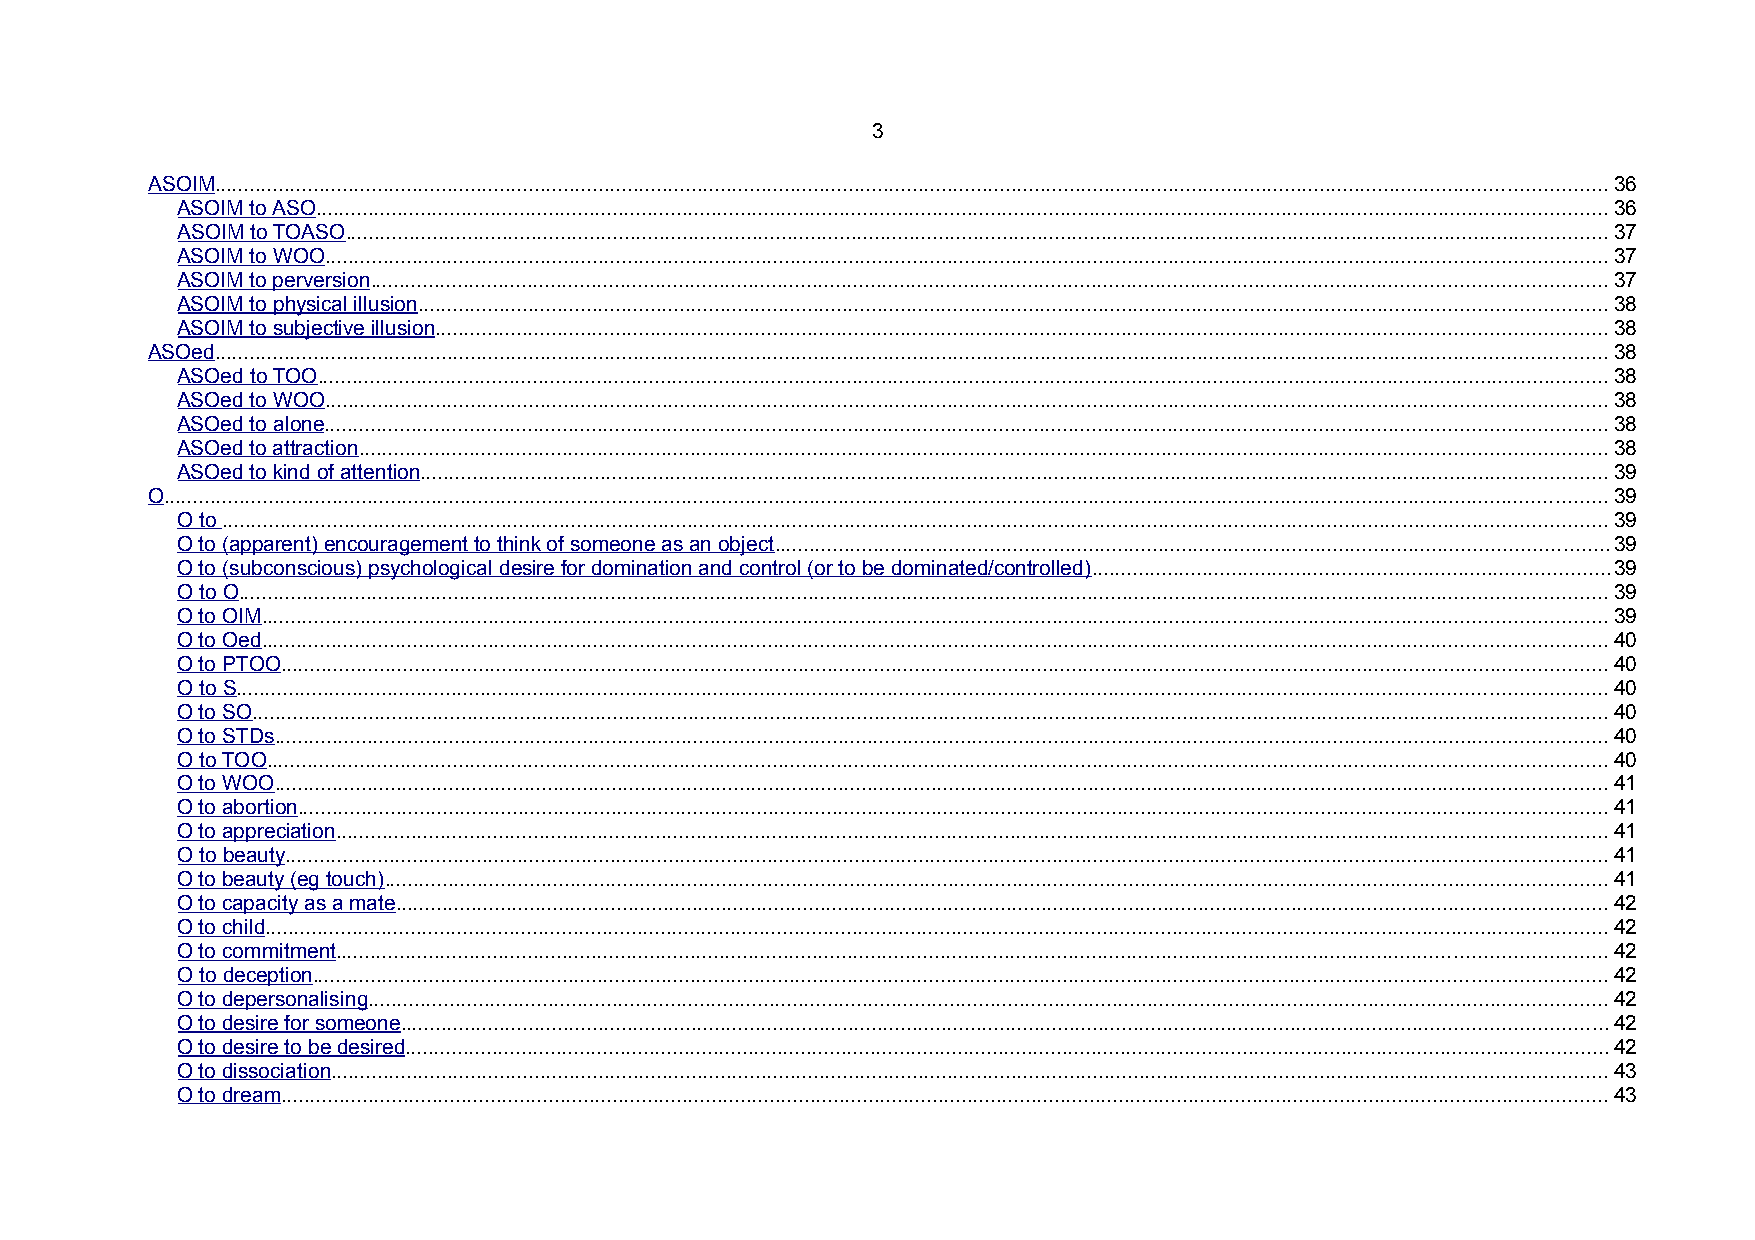
3
 ASOIM...............................................................................................................................................................................................................................................36
 ASOIM to ASO..............................................................................................................................................................................................................................36
 ASOIM to TOASO.........................................................................................................................................................................................................................37
 ASOIM to WOO............................................................................................................................................................................................................................37
 ASOIM to perversion....................................................................................................................................................................................................................37
 ASOIM to physical illusion............................................................................................................................................................................................................38
 ASOIM to subjective illusion.........................................................................................................................................................................................................38
 ASOed...............................................................................................................................................................................................................................................38
 ASOed to TOO..............................................................................................................................................................................................................................38
 ASOed to WOO............................................................................................................................................................................................................................38
 ASOed to alone............................................................................................................................................................................................................................38
 ASOed to attraction......................................................................................................................................................................................................................38
 ASOed to kind of attention............................................................................................................................................................................................................39
 O........................................................................................................................................................................................................................................................39
 O to ..............................................................................................................................................................................................................................................39
 O to (apparent) encouragement to think of someone as an object...............................................................................................................................................39
 O to (subconscious) psychological desire for domination and control (or to be dominated/controlled).........................................................................................39
 O to O...........................................................................................................................................................................................................................................39
 O to OIM.......................................................................................................................................................................................................................................39
 O to Oed.......................................................................................................................................................................................................................................40
 O to PTOO....................................................................................................................................................................................................................................40
 O to S...........................................................................................................................................................................................................................................40
 O to SO.........................................................................................................................................................................................................................................40
 O to STDs.....................................................................................................................................................................................................................................40
 O to TOO......................................................................................................................................................................................................................................40
 O to WOO.....................................................................................................................................................................................................................................41
 O to abortion.................................................................................................................................................................................................................................41
 O to appreciation..........................................................................................................................................................................................................................41
 O to beauty...................................................................................................................................................................................................................................41
 O to beauty (eg touch)..................................................................................................................................................................................................................41
 O to capacity as a mate................................................................................................................................................................................................................42
 O to child.......................................................................................................................................................................................................................................42
 O to commitment..........................................................................................................................................................................................................................42
 O to deception..............................................................................................................................................................................................................................42
 O to depersonalising.....................................................................................................................................................................................................................42
 O to desire for someone...............................................................................................................................................................................................................42
 O to desire to be desired...............................................................................................................................................................................................................42
 O to dissociation...........................................................................................................................................................................................................................43
 O to dream....................................................................................................................................................................................................................................43